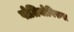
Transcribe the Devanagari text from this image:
पोलियोविरुस